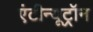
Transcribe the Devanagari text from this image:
एंटीन्यूट्रॉन